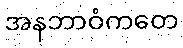
အနဘာဝံကတေ